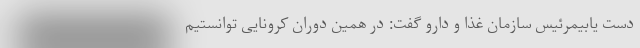
دست یابیمرئیس سازمان غذا و دارو گفت: در همین دوران کرونایی توانستیم